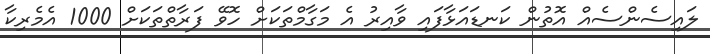
ލައިސެންސެއް އޮތުން ކަނޑައަޅާފައި ވާއިރު އެ މަގާމްތަކަށް ހޮވޭ ފަރާތްތަކަށް 1000 އެމެރިކާ